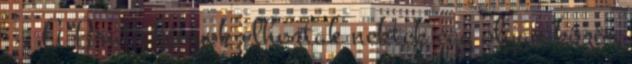
. A Bratz lányok elhoztak nektek egy olyan közös